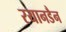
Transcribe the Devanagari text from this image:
रयानडैन